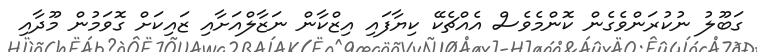
ގަބޫލު ނުކުރަންވެގެން ކޮންމެވެސް އެއްޗެކޭ ކިޔާފައި އިޒްކާން ނަޒާލްއަށާއި ޒައިކަށް ގޮވަމުން މޫދާއި